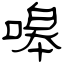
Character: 嗥